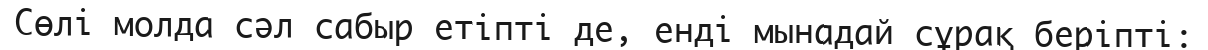
Сөлі молда сәл сабыр етіпті де, енді мынадай сұрақ беріпті: